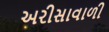
અરીસાવાળી